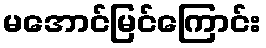
မအောင်မြင်ကြောင်း